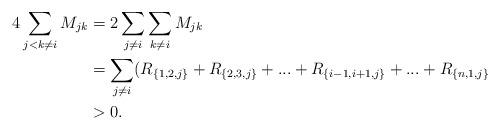
LaTeX: \begin{align*}4\sum_{j<k\neq i}M_{jk}&=2\sum_{j\neq i} \sum_{k\neq i}M_{jk}\\&= \sum_{j\neq i} ( R_{\{1,2,j\}} +R_{\{2,3,j\}}+...+ R_{\{i-1,i+1,j\}}+...+ R_{\{n,1,j\}} \\&>0. \end{align*}